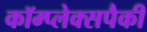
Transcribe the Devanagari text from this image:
कॉम्प्लेक्सपैकी